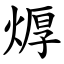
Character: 㷞